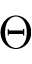
\Theta